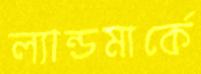
ল্যান্ডমার্কে